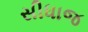
સીધાજ